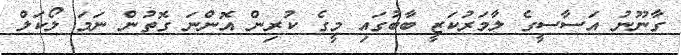
ގާނޫނު އަސާސީގެ ލާމަރުކަޒީ ބާބުގައި މީގެ ކުރިން އޮންނަ ގޮތުން ނަމަ ލޯކަލް